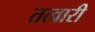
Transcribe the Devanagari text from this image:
तत्वारी